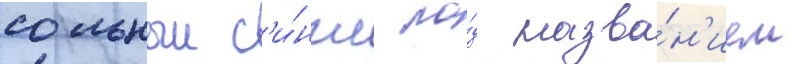
сольныи с'и́нгл по́д назва́н'ием